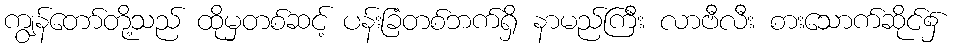
ကျွန်တော်တို့သည် ထိုမှတစ်ဆင့် ပန်းခြံတစ်ဘက်ရှိ နာမည်ကြီး လာဗီလီး စားသောက်ဆိုင်၌